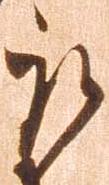
取